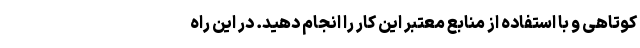
کوتاهی و با استفاده از منابع معتبر این کار را انجام دهید. در این راه